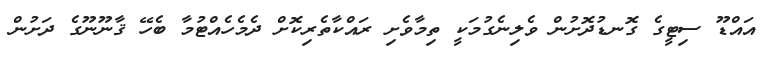
އައްޑޫ ސިޓީގެ ގޮނޑުދޮށުން ވެލިނެގުމަކީ ތިމާވެށި ރައްކާތެރިކޮށް ދެމެހެއްޓުމާ ބެހޭ ޤާނޫނޫގެ ދަށުން